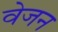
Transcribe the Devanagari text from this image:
वेजन